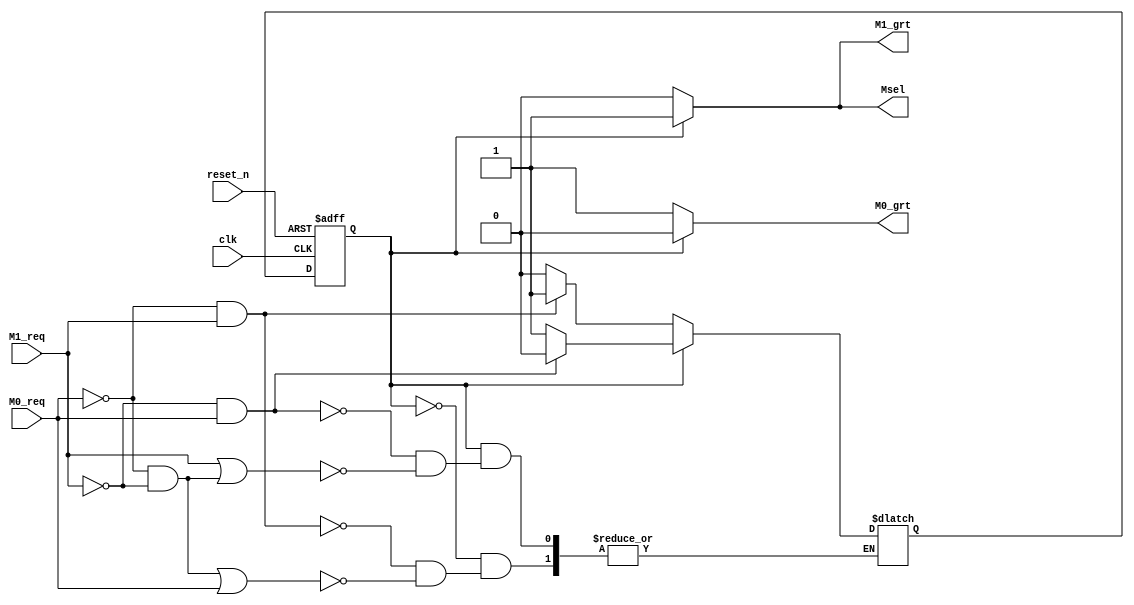
module bus_arbit(clk, reset_n, M0_req, M1_req, M0_grt, M1_grt, Msel);//arbiter module

	input clk, reset_n, M0_req, M1_req;//clock, reset, M0 and M1's request
	output M0_grt, M1_grt, Msel;//M0 and M1's grant and Master selection
	
	reg M0_grt, M1_grt, Msel;//reg declaration of M0 and M1's grant and Master selection
	reg state, next_state;//state and next_state
	
	//parameter declaration of M0grant and M1grant states
	parameter M0grant=1'b0;
	parameter M1grant=1'b1;

	always @ (posedge clk or negedge reset_n) begin//sequential logic blocks
		if(reset_n==0) state<=M0grant;//reset							
		else 				state<=next_state;//update state as next_state
	 end
		
	always @ (state, M0_req, M1_req) begin//combinational logic blocks 
		case(state)//case statement
			M0grant: begin//operation in M0grant state's condition 
								if((M0_req==0&&M1_req==0)||(M0_req==1)) next_state<=M0grant;
								if((M0_req==0)&&(M1_req==1)) 	next_state<=M1grant;
								end
			M1grant: begin//operation in M1grant state's condition
								if((M1_req==1)||(M0_req==0&&M1_req==0)) next_state<=M1grant;
								if((M1_req==0)&&(M0_req==1)) next_state<=M0grant;
								end
			default: next_state<=1'bx;//default
		endcase
	end

	always @ (state, M0_req, M1_req) begin//combinational logic blocks
		if(state==M0grant)	begin M0_grt<=1; M1_grt<=0; Msel<=0;//updating outputs in M0grant state
											end
		else 						begin M0_grt<=0; M1_grt<=1; Msel<=1;//updating outputs in M1grant state
											end
	end
	
endmodule